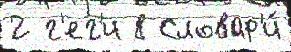
2 г'ег'и 8 Словар'и́